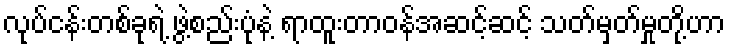
လုပ်ငန်းတစ်ခုရဲ့ ဖွဲ့စည်းပုံနဲ့ ရာထူးတာဝန်အဆင့်ဆင့် သတ်မှတ်မှုတို့ဟာ